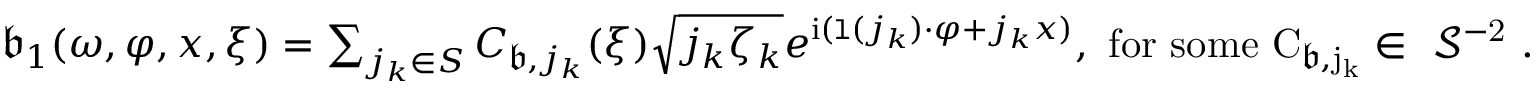
\begin{array} { r } { \mathfrak { b } _ { 1 } ( \omega , \varphi , x , \xi ) = \sum _ { j _ { k } \in S } C _ { \mathfrak { b } , j _ { k } } ( \xi ) \sqrt { j _ { k } \zeta _ { k } } e ^ { \mathrm { i } ( \mathtt { l } ( j _ { k } ) \cdot \varphi + j _ { k } x ) } , \mathrm { ~ f o r ~ s o m e ~ C _ { \mathfrak { b } , j _ k } \in ~ \mathcal { S } ^ { - 2 } ~ . } } \end{array}